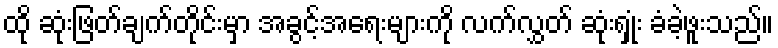
ထို ဆုံးဖြတ်ချက်တိုင်းမှာ အခွင့်အရေးများကို လက်လွှတ် ဆုံးရှုံး ခံခဲ့ဖူးသည်။